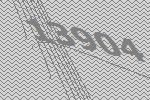
13904